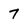
Character: 7